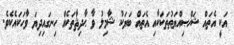
އަކީ އެތައް ޝަޚްޞިއްޔަތުތަކަކާއި އެތައް ބަޔަކު ޝާމިލު ވާ ޙާދިޘާތަކެއް ހިނގައިދިޔަ ވާހަކައެކެވެ.